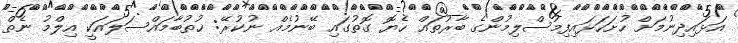
އަޅައިދިނުމަށް ހުށަހަޅައިފިމުސްލިމުންގެ ބާރުތައް ހެޔޮ ގޮތުގައި ބޭނުމެއް ނުކުރޭ: ޚުތުބާމައްސަލައަކީ އިލްމު ނެތް